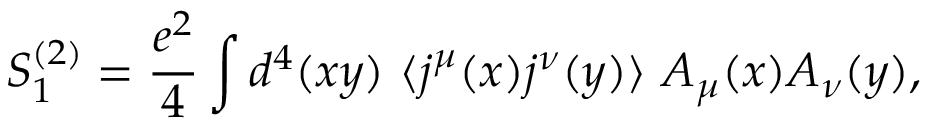
S _ { 1 } ^ { ( 2 ) } = \frac { e ^ { 2 } } { 4 } \int d ^ { 4 } ( x y ) ~ \langle j ^ { \mu } ( x ) j ^ { \nu } ( y ) \rangle ~ A _ { \mu } ( x ) A _ { \nu } ( y ) ,